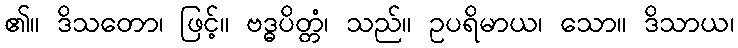
၏။ ဒိသတော၊ ဖြင့်။ ဗဒ္ဓပိတ္တံ၊ သည်။ ဥပရိမာယ၊ သော။ ဒိသာယ၊